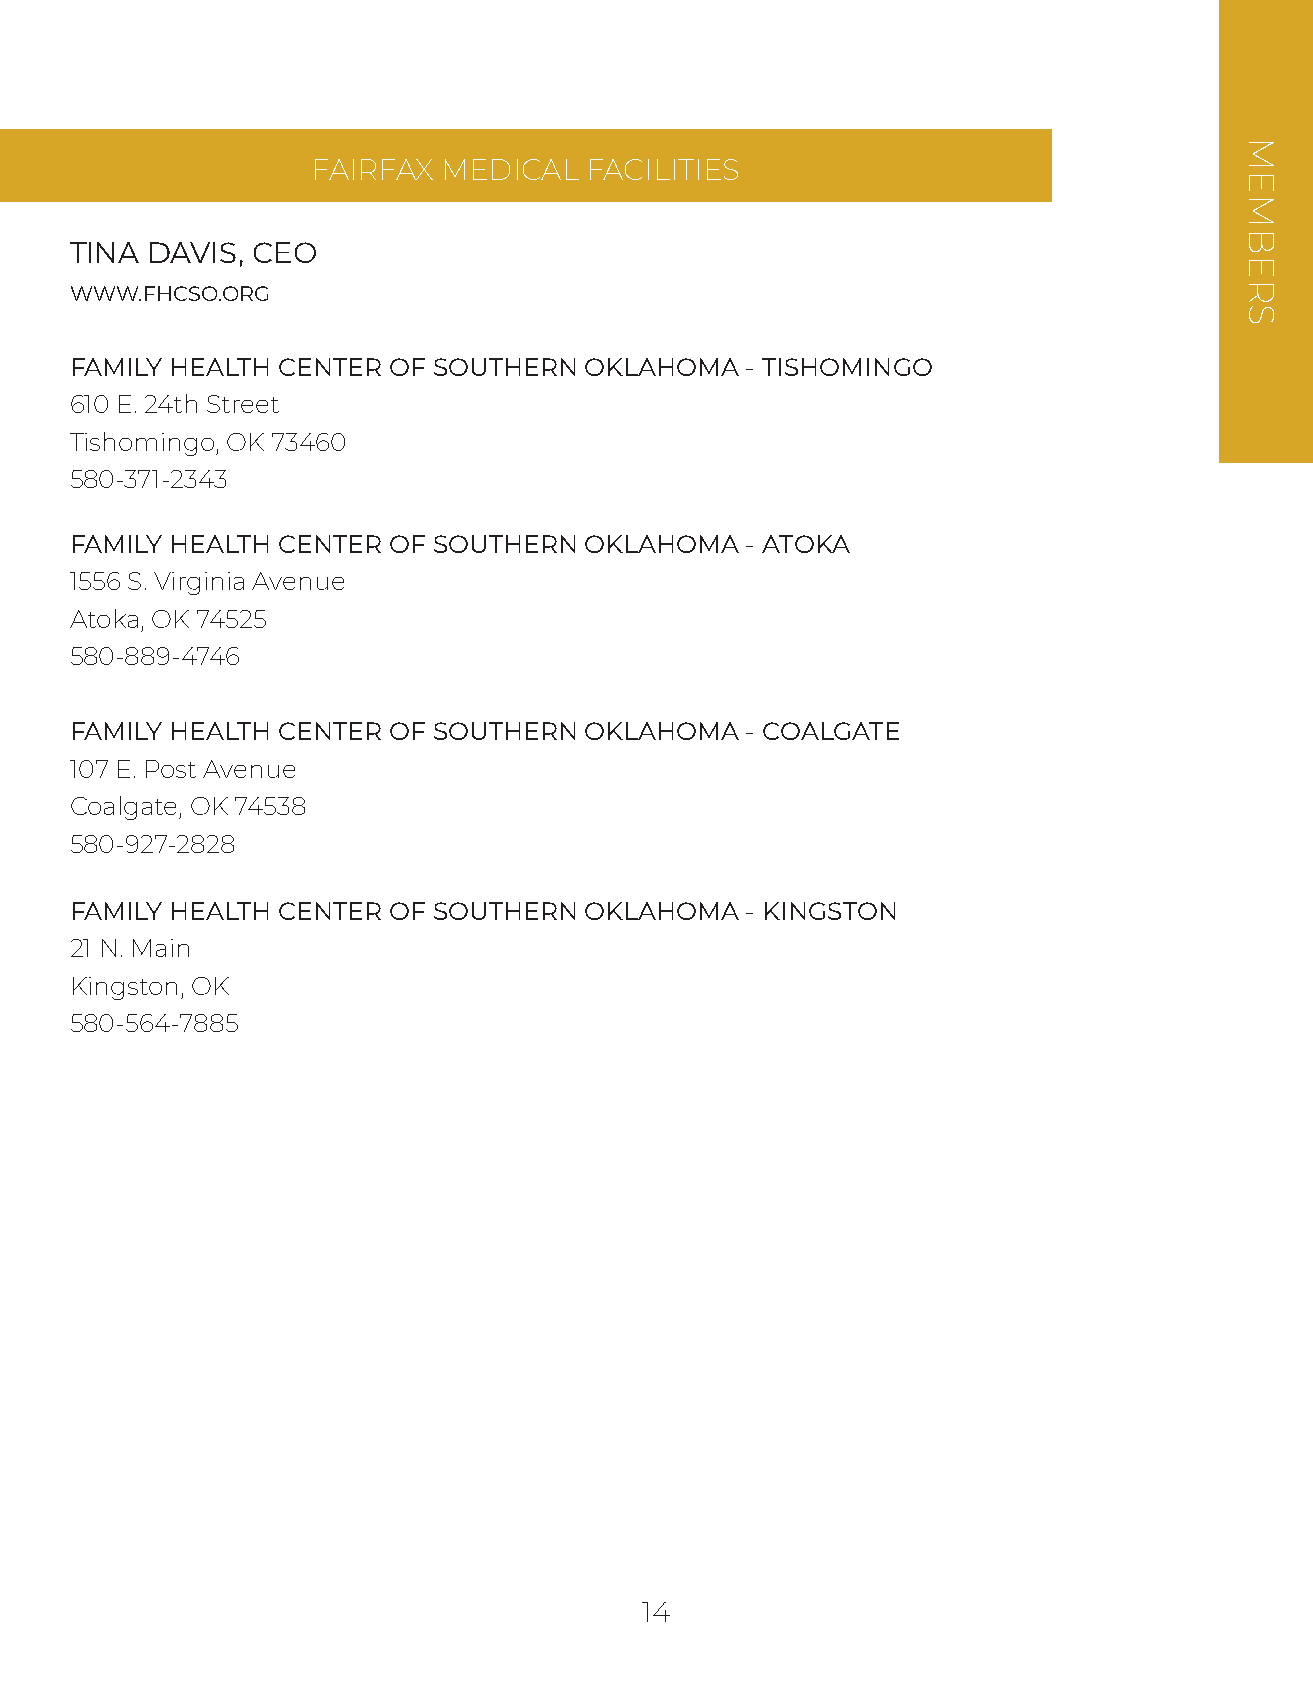
FAIRFAX MEDICAL   FACILITIES
 TINA DAVIS, CEO
 WWW.FHCSO.ORG
 FAMILY HEALTH CENTER OF SOUTHERN  OKLAHOMA  - TISHOMINGO
 610 E. 24th Street
 Tishomingo, OK 73460
 580-371-2343
 FAMILY HEALTH CENTER OF SOUTHERN  OKLAHOMA  - ATOKA
 1556 S. Virginia Avenue
 Atoka, OK 74525
 580-889-4746
 FAMILY HEALTH CENTER OF SOUTHERN  OKLAHOMA  - COALGATE
 107 E. Post Avenue
 Coalgate, OK 74538
 580-927-2828
 FAMILY HEALTH CENTER OF SOUTHERN  OKLAHOMA  - KINGSTON
 21 N. Main
 Kingston, OK
 580-564-7885
 14
 MEMBERS